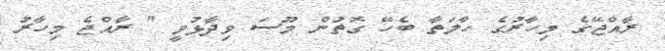
ރާއްޖޭގެ މިހާރުގެ ހާލަތާ ބެހޭ ގޮތުން މޫސަ ވިދާޅުވީ " ރާއްޖެ މިހާރު